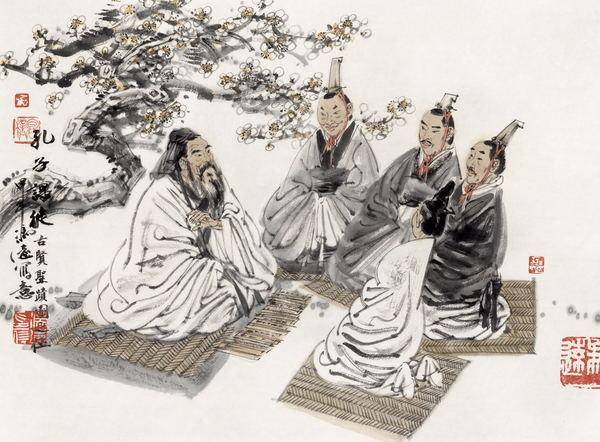
自暴者，不可与有言也自弃者，不可与有为也。言非礼义，谓之自暴也吾身不能居仁由义，谓之自弃也。